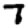
Digit: 7